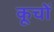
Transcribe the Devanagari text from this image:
कूचों